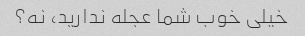
خیلی خوب شما عجله ندارید، نه؟